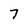
Character: 7